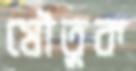
যৌতুক